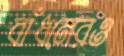
বাঁধনেরও